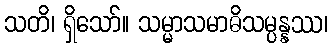
သတိ၊ ရှိသော်။ သမ္မာသမာဓိသမ္ပန္နဿ၊